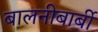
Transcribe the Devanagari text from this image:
बालनीबार्बी